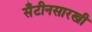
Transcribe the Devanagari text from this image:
सँटीनसारखी